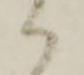
ハ